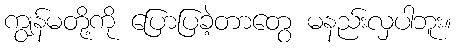
ကျွန်မတို့ကို ပြောပြခဲ့တာတွေ မနည်းလှပါဘူး။